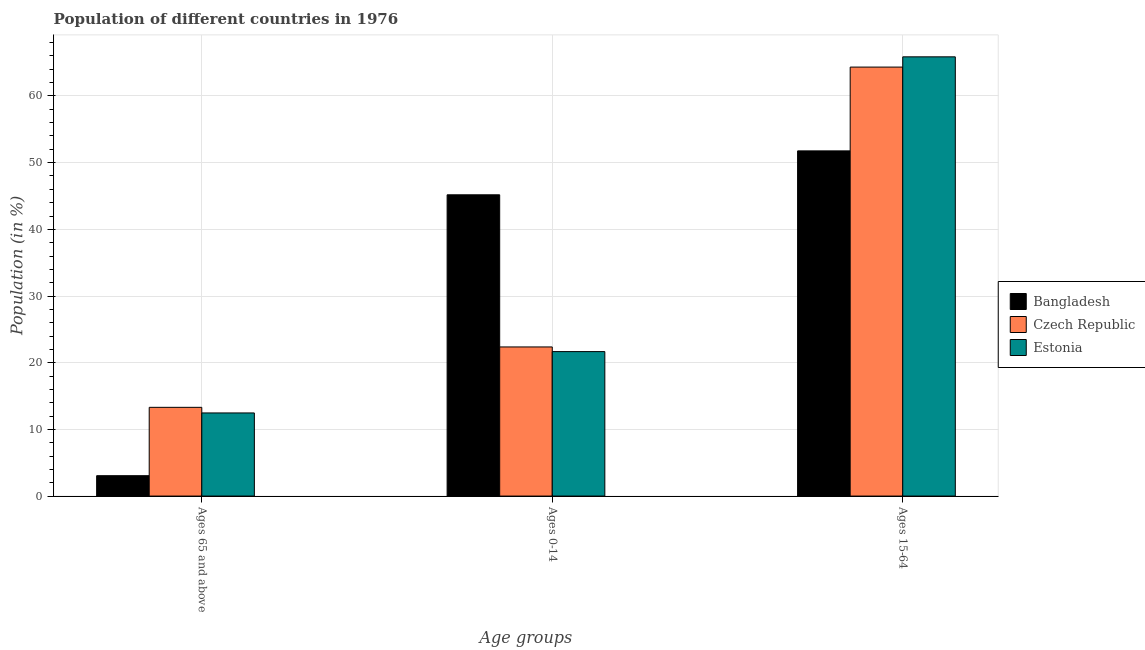
| Age groups | Bangladesh | Czech Republic | Estonia |
 | --- | --- | --- | --- |
 | Ages 65 and above | 3.06 | 13.3 | 12.5 |
 | Ages 0-14 | 45.2 | 22.4 | 21.7 |
 | Ages 15-64 | 51.8 | 64.3 | 65.9 |